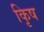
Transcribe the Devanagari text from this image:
कृिष